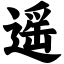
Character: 遥